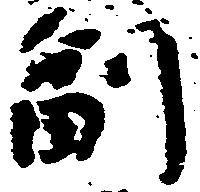
副